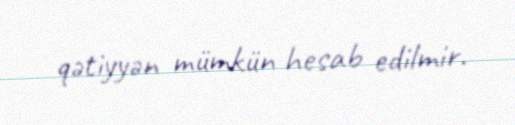
qətiyyən mümkün hesab edilmir.